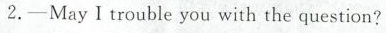
2.-May I trouble you with the question?